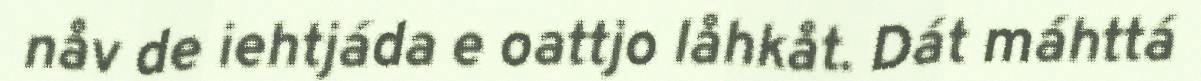
nåv de iehtjáda e oattjo låhkåt. Dát máhttá